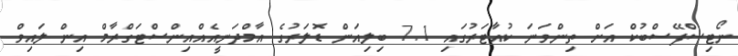
ނޯޓިސްފޭސްބުކް އަށް ތިންވަނަ ކުއާޓަރުގައި 7.1 ބިލިއަން ޑޮލަރުގެ އާމްދަނީއެއްއިންސްޓަގްރާމް އިން ލައިވް